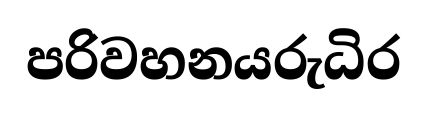
පරිවහනයරුධිර